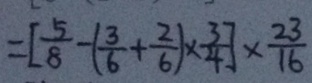
= [ \frac { 5 } { 8 } - ( \frac { 3 } { 6 } + \frac { 2 } { 6 } ) \times \frac { 3 } { 4 } ] \times \frac { 2 3 } { 1 6 }